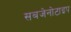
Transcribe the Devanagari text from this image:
सबजेनोटाइप